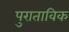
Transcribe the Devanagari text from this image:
पुराताविक